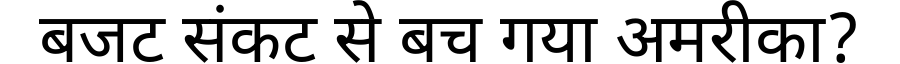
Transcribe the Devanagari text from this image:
बजट संकट से बच गया अमरीका?